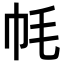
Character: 𫷀